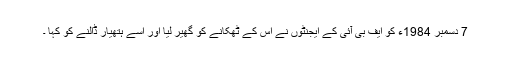
7 دسمبر 1984ء کو ایف بی آئی کے ایجنٹوں نے اس کے ٹھکانے کو گھیر لیا اور اسے ہتھیار ڈالنے کو کہا ۔